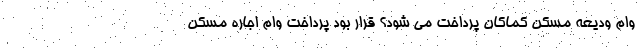
وام ودیعه مسکن کماکان پرداخت می شود؟ قرار بود پرداخت وام اجاره مسکن